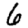
Digit: 6